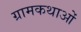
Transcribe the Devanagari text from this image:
ग्रामकथाओं